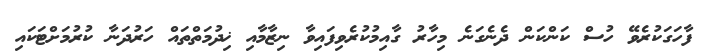
ފާހަގަކުރެވޭ ހުސް ކަންކަން ދެނެގަނެ މިހާރު ގާއިމުކުރެވިފައިވާ ނިޒާމާއި ޚިދުމަތްތައް ހަރުދަނާ ކުރުމަށްޓަކައި